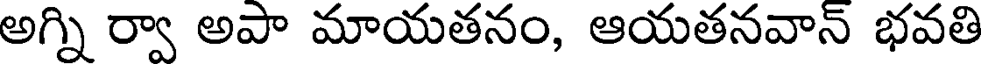
అగ్ని ర్వా అపా మాయతనం, ఆయతనవాన్ భవతి